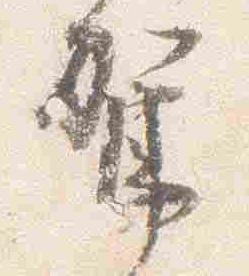
駕